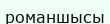
романшысы